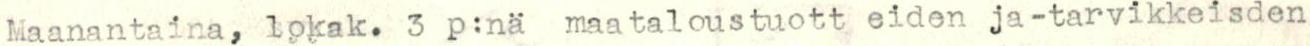
Maanantaina, lokak. 3 p:nä maataloustuott eiden ja -tarvikkeisden